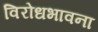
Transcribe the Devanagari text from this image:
विरोधभावना